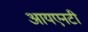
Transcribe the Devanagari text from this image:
आयएनटी